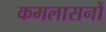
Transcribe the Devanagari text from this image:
कमलासनों